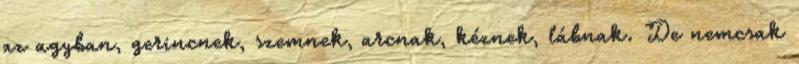
az agyban, gerincnek, szemnek, arcnak, kéznek, lábnak. De nemcsak